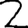
Digit: 2